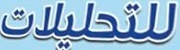
للتحلیلات